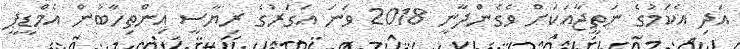
އަދި އެކަމުގެ ނަތީޖާއަކަށް ވެގެންދާނީ 2018 ވަނަ އަގަރުގެ ރިޔާސީ އިންތިހާބުން އެމްޑީޕީ